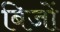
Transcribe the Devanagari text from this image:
बिजों